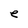
Character: e